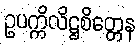
ဥပက္ကိလိဋ္ဌစိတ္တေန